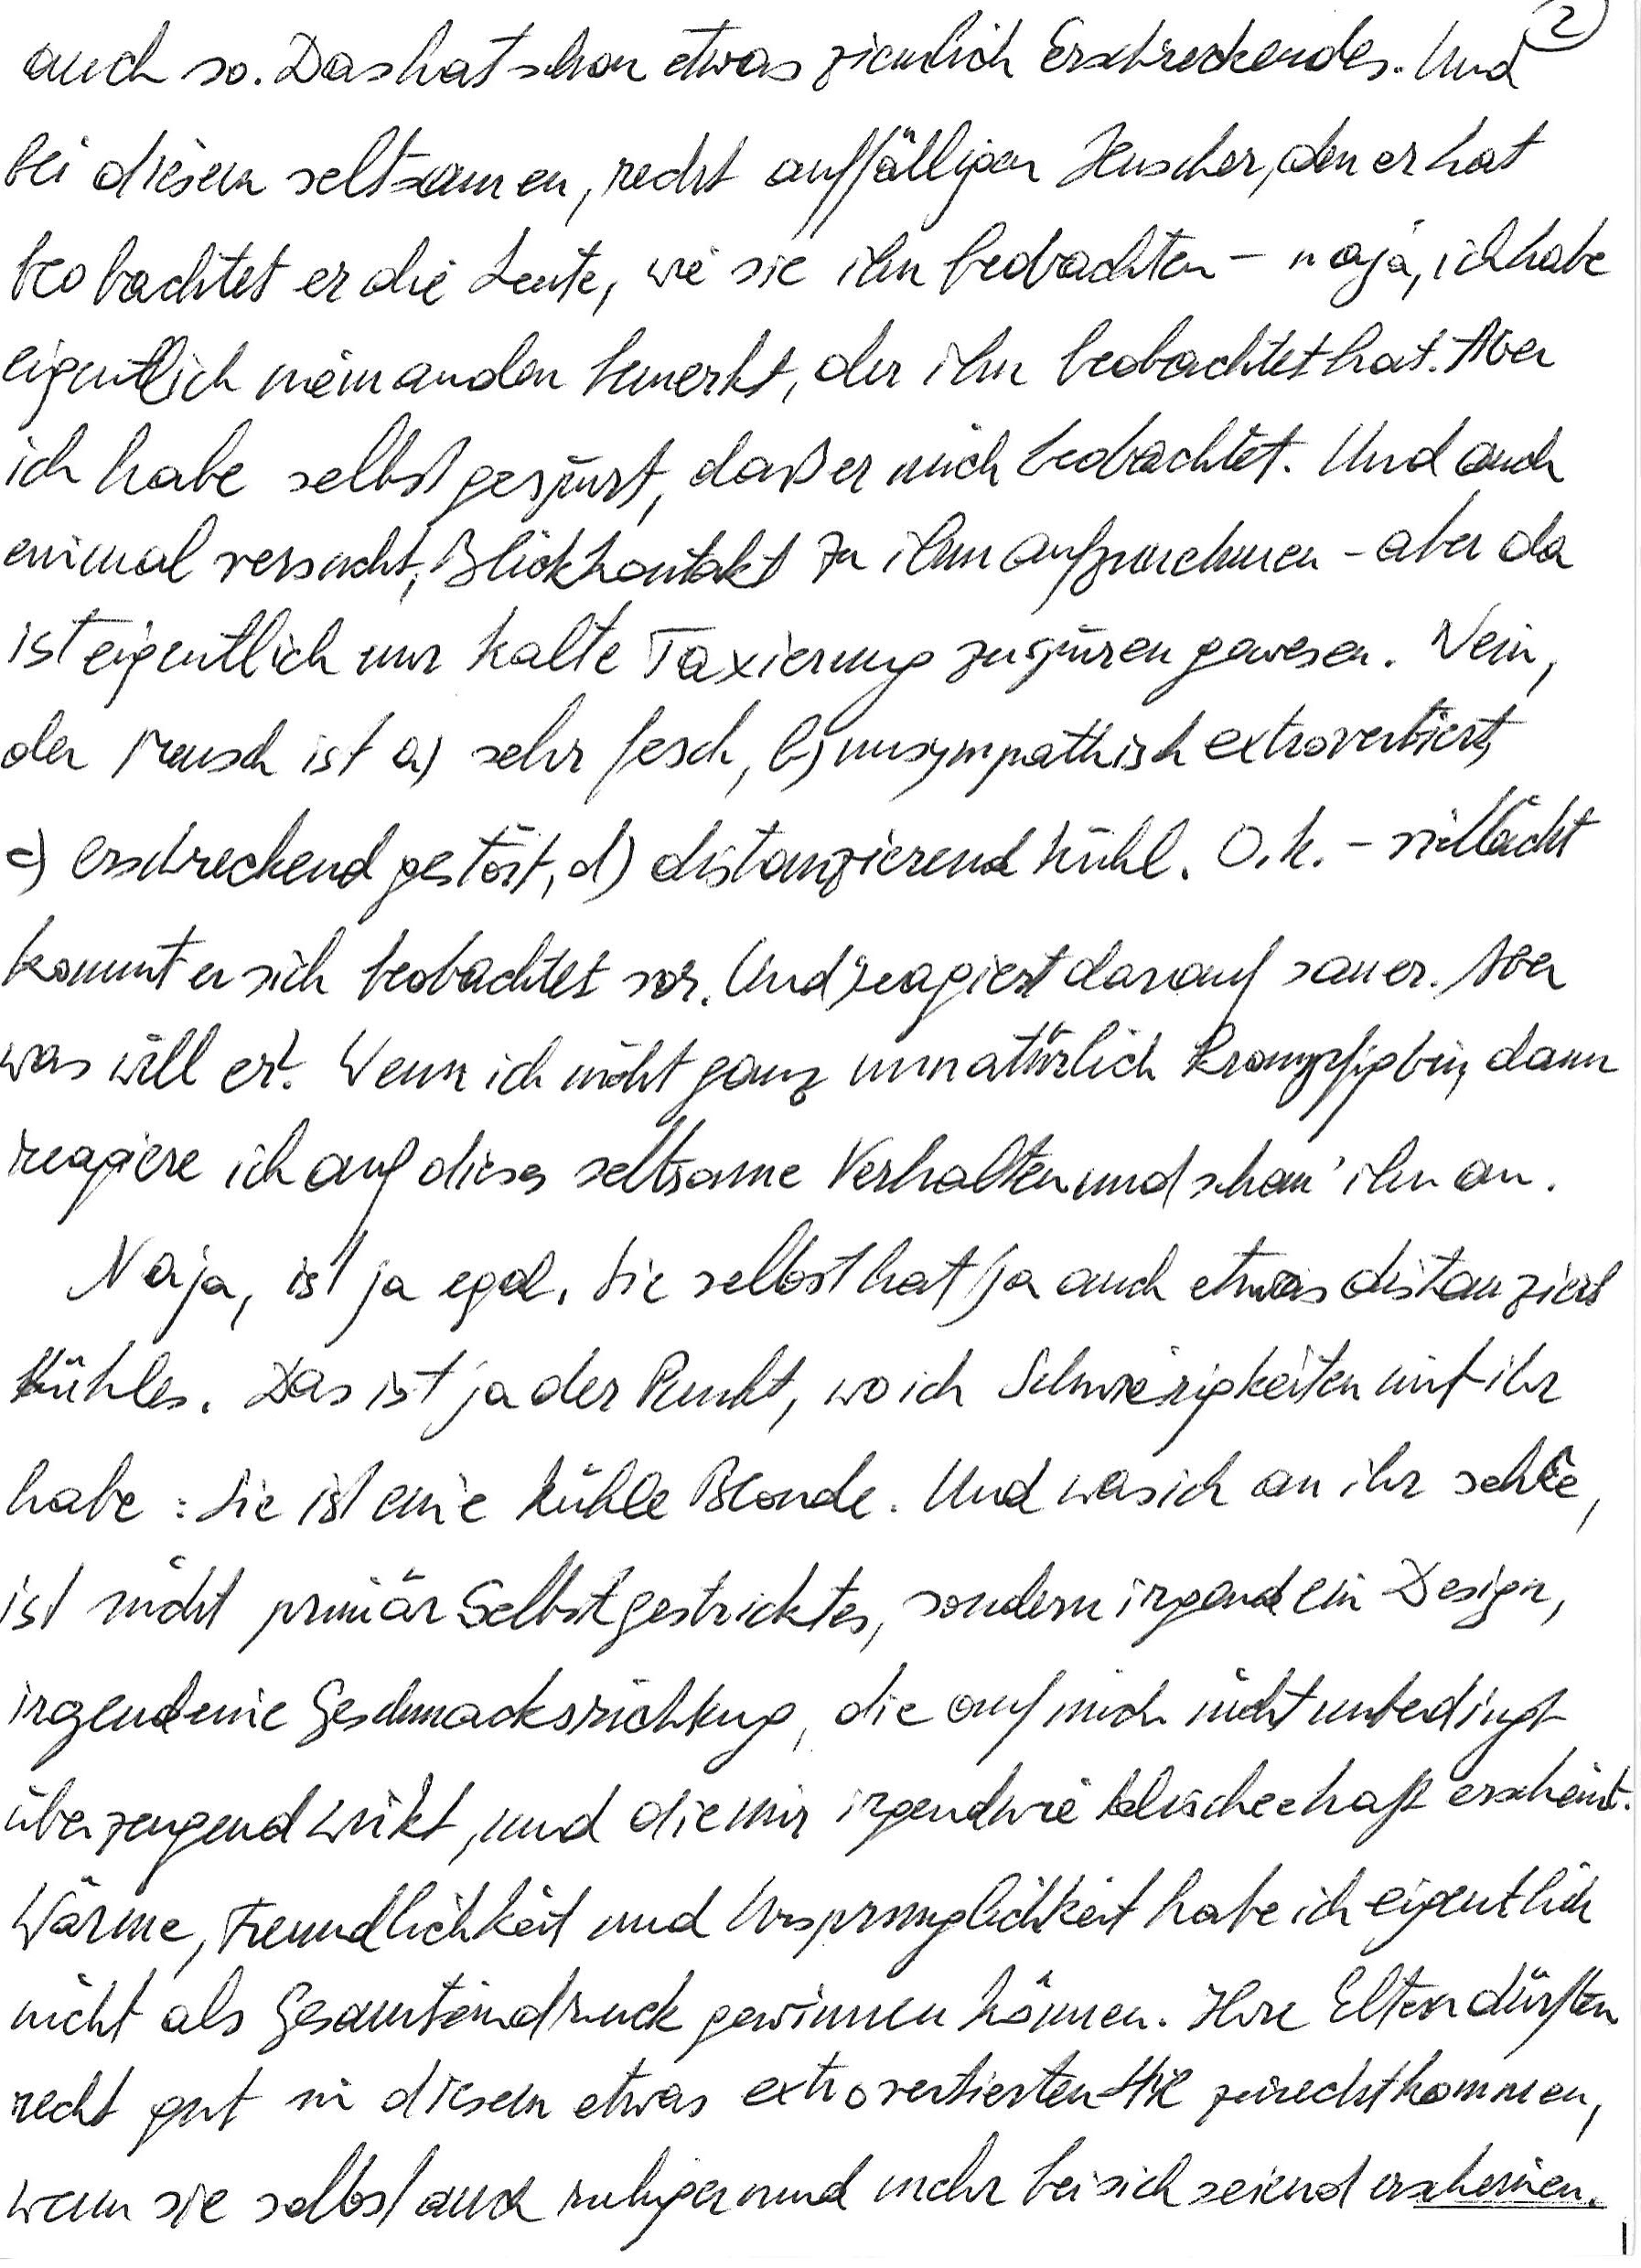
auch so. Das hat schon etwas ziemlich Erschreckendes. Und
bei diesem seltsamen, recht auffälligen Huscher, den er hat
beobachtet er die Leute, wie sie ihn bedachten – naja, ich habe
eigentlich nieinanden bemerkt, der ihn beobachtet hat. Aber
ich habe selbst gespürt, daß er mich bedachtet. Und auch
einmal versucht, Blickkontakt zu ihm aufzunehmen – aber da
ist eigentlich mir halte Taxierung zu spüüren gewesen. Nein
der Mensch ist a) sehr fesch, bGunsympathisch extrovertiert,
&) erschreckend gestort, d) distanzierend kühl. O. k. – viellacht
kommt er sich beobachtet vor. Und zeagiert darauf sauer. Aber
was will er. Wenn ich nicht ganz unnatürlich krampfigbin dann
ruagiere ich auf dieses seltsome Verhalten und schau‘ ihn an.
Naja, ist ja egal. Sie selbst hat ja auch etwas dis tanziert
kühles. Das ist ja der Punkt, wo ich Schwierigkeiten mit ihr
habe: Sie ist eine kühle Blonde. Und was ich an ihr sehle
ist nicht prunar Selbstgestricktes, sondern irgen ein Desigir,
irgendeine Geschmacksrichtung, die auf mich nicht unbedingt
überzeugendwirkt, und die mir irgendwie klischee haft erscheint.
Wärme, Freundlichkeit und Ursprünglichkeit habe ich eigentlich
nicht als Gesamtendtuck gewinnen können. Ihre Elter dürften
recht gut in diesem etwas extrovertierten Sil zurecht kommen,
wenn sie selbst auch ruhiger uind mehr bei sich zeiend erscheinen